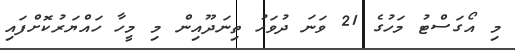
މި އޯގަސްޓު މަހުގެ 21 ވަނަ ދުވަހު ތިނަދޫއިން މި މީހާ ހައްޔަރުކޮށްފައި